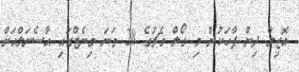
އޮޒިލް ދިން ޕާހަކުން މި ގޯލް މެޗުގެ 28 ވަނަ މިނެޓްގައި އާސެނަލްއަށް